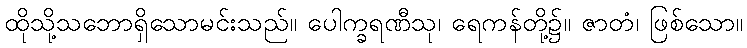
ထိုသို့သဘောရှိသောမင်းသည်။ ပေါက္ခရဏီသု၊ ရေကန်တို့၌။ ဇာတံ၊ ဖြစ်သော။